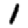
Digit: 1